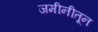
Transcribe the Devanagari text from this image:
जमीनीतून